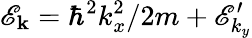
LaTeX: \mathscr{E}_{\mathbf k}=\hbar^{2}k_{x}^{2}/2m+\mathscr{E}_{k_{y}}^{\prime}